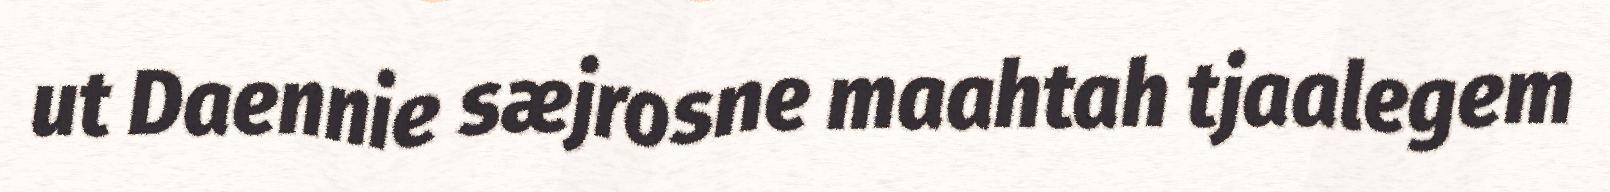
ut Daennie sæjrosne maahtah tjaalegem